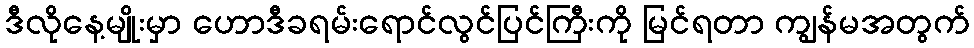
ဒီလိုနေ့မျိုးမှာ ဟောဒီခရမ်းရောင်လွင်ပြင်ကြီးကို မြင်ရတာ ကျွန်မအတွက်